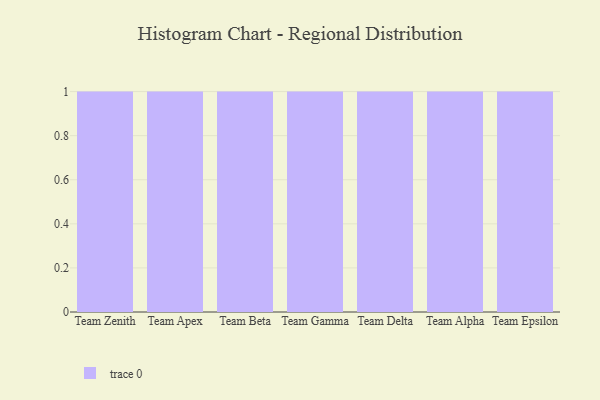
{"axis": {"x": "Team", "y": "Website Visitors"}, "legend": [""], "data": [{"x": "Team Zenith", "y": 76, "type": ""}, {"x": "Team Apex", "y": 21, "type": ""}, {"x": "Team Beta", "y": 85, "type": ""}, {"x": "Team Gamma", "y": 86, "type": ""}, {"x": "Team Delta", "y": 51, "type": ""}, {"x": "Team Alpha", "y": 87, "type": ""}, {"x": "Team Epsilon", "y": 12, "type": ""}]}